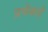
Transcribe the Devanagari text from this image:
प्रथेकडे